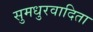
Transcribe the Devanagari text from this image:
सुमधुरवादिता